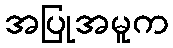
အပြုအမူက